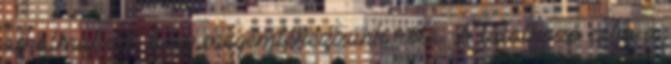
alkalmat ad, hogy megemlékezzünk róla. A találkozó célja a